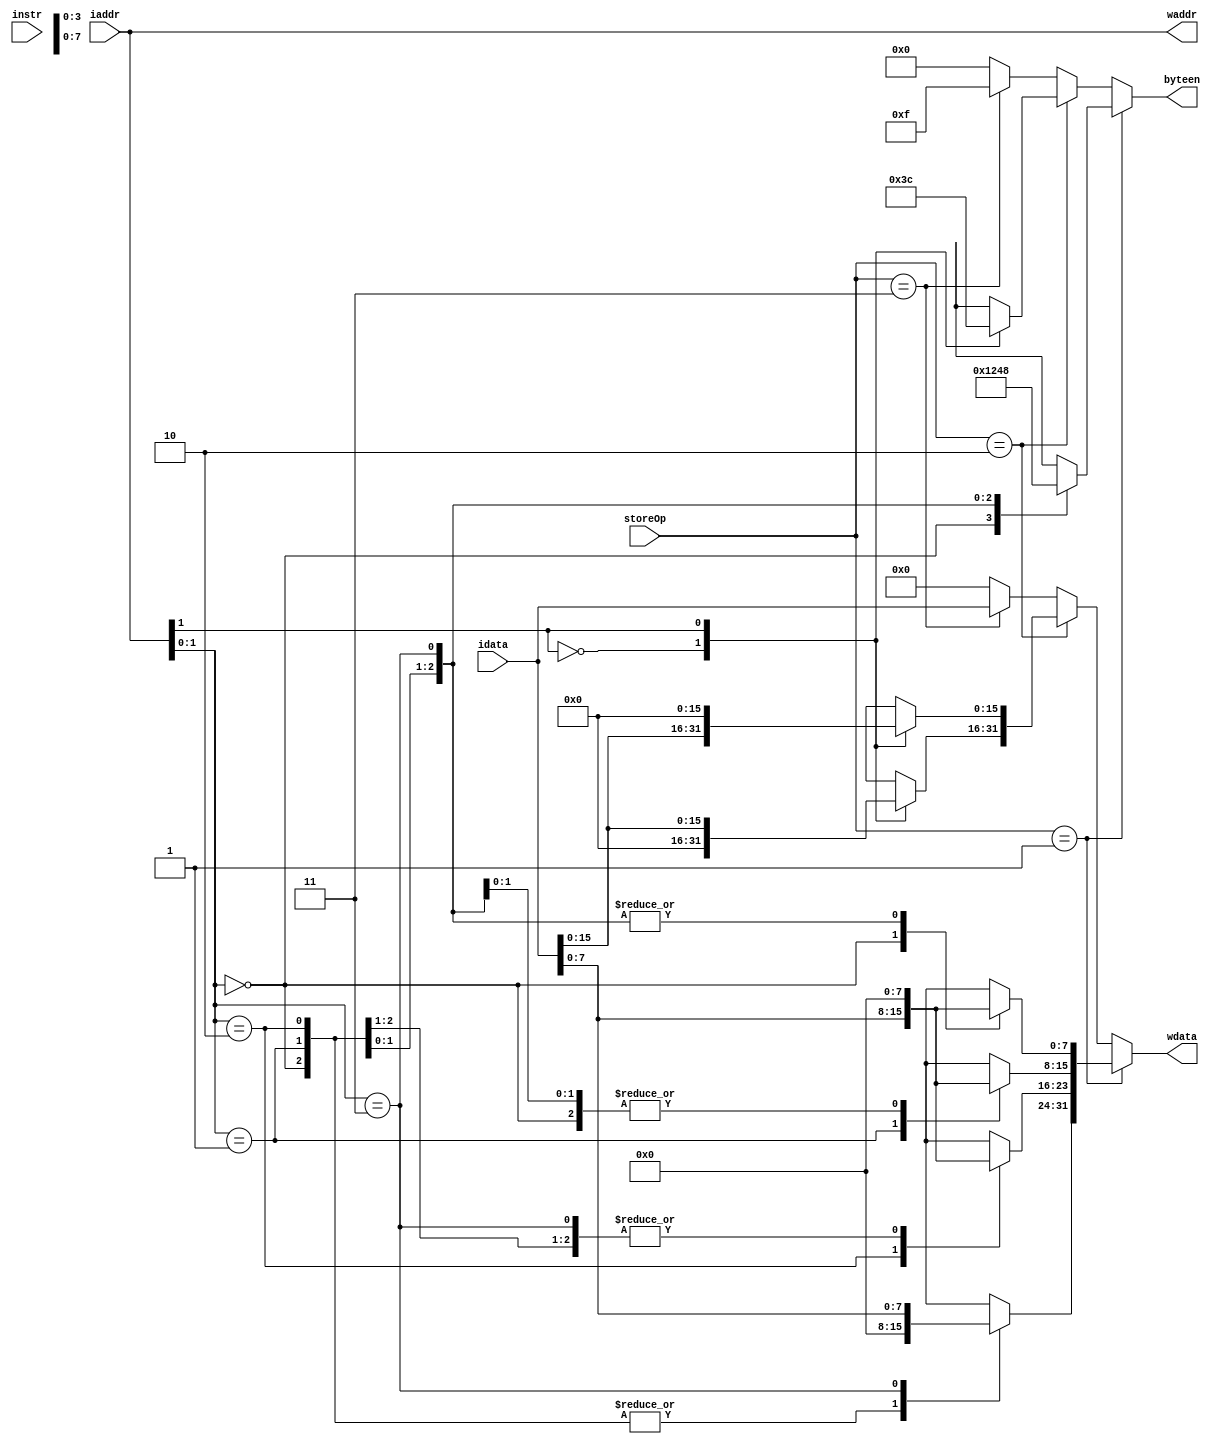
`timescale 1ns / 1ps
//////////////////////////////////////////////////////////////////////////////////
// Company: 
// Engineer: 
// 
// Design Name: 
// Module Name:    BE 
// Project Name: 
// Target Devices: 
// Tool versions: 
// Description: 
//
// Dependencies: 
//
// Revision: 
// Revision 0.01 - File Created
// Additional Comments: 
//
//////////////////////////////////////////////////////////////////////////////////
module BE(
	input [31:0] instr,
	input [31:0] idata,
	input [31:0] iaddr,
	input [2:0] storeOp,
	output reg [3:0] byteen,
	output reg [31:0] wdata,
	output reg [31:0] waddr
    );
	
	reg [5:0] opcode;
	
	always@(*)begin
		byteen=0;
		wdata=0;
		opcode=instr[31:26];
		waddr=iaddr;
		
		if(storeOp==1)begin	//sb 
			case(iaddr[1:0])
				0:begin
					byteen=4'b0001;
					wdata[7:0]=idata[7:0];
				end
				1:begin
					byteen=4'b0010;
					wdata[15:8]=idata[7:0];
				end
				2:begin
					byteen=4'b0100;
					wdata[23:16]=idata[7:0];
				end
				3:begin
					byteen=4'b1000;
					wdata[31:24]=idata[7:0];
				end
			endcase
		end
		
		else if(storeOp==2)begin //sh 
			case(iaddr[1])
				0:begin
					byteen=4'b0011;
					wdata[15:0]=idata[15:0];
				end
				1:begin
					byteen=4'b1100;
					wdata[31:16]=idata[15:0];
				end
			endcase
		end
		
		else if(storeOp==3)begin //sw
			byteen=4'b1111;
			wdata=idata;
		end
		
		else begin
			byteen=0;
			wdata=0;
		end
	end

endmodule